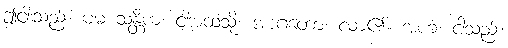
ဤငါးသည်။ မမ သန္တိကံ၊ ငါ့အထံသို့။ အာဂတော၊ လာ၏။ အဟံ၊ ငါသည်။